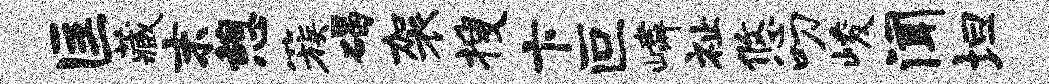
匡藏末憩簇碣袈搜卞叵嶙祉悠叨峻闻坦